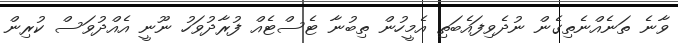
ވާނެ ތަނެއްނެތިގެން ނުދެވިފައެބަތި އެމީހުން ތިބުނާ ޓެސްޓެއް ފުރާދުވަހު ނޫނީ އެއްދުވަސް ކުރިން